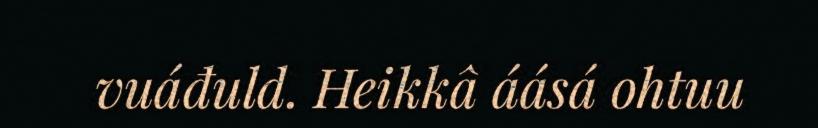
vuáđuld. Heikkâ áásá ohtuu